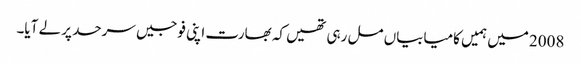
2008 میں ہمیں کامیابیاں مل رہی تھیں کہ بھارت اپنی فوجیں سرحد پر لے آیا۔